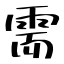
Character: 需